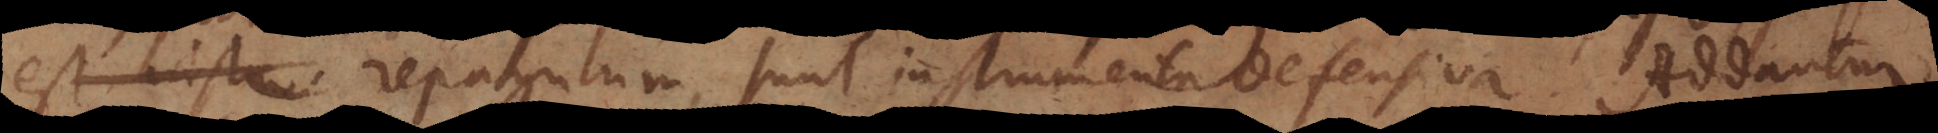
repagulum, sunt instrumenta defensiva. Addantur